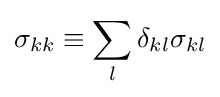
\sigma _{kk}\equiv \sum _{l}\delta _{kl}\sigma _{kl}